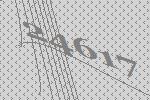
24617